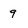
Character: 9